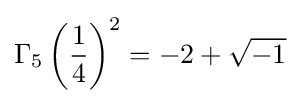
\Gamma _{5}\left({\frac {1}{4}}\right)^{2}=-2+{\sqrt {-1}}